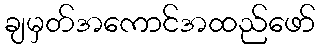
ချမှတ်အကောင်အထည်ဖော်